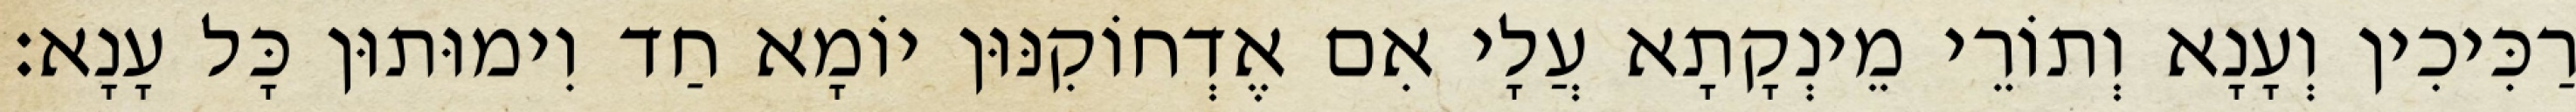
רַכִּיכִין וְעָנָא וְתוֹרֵי מֵינְקָתָא עֲלָי אִם אֶדְחוֹקִנּוּן יוֹמָא חַד וִימוּתוּן כָּל עָנָא׃